Report on horse surra - Volume II, Part II
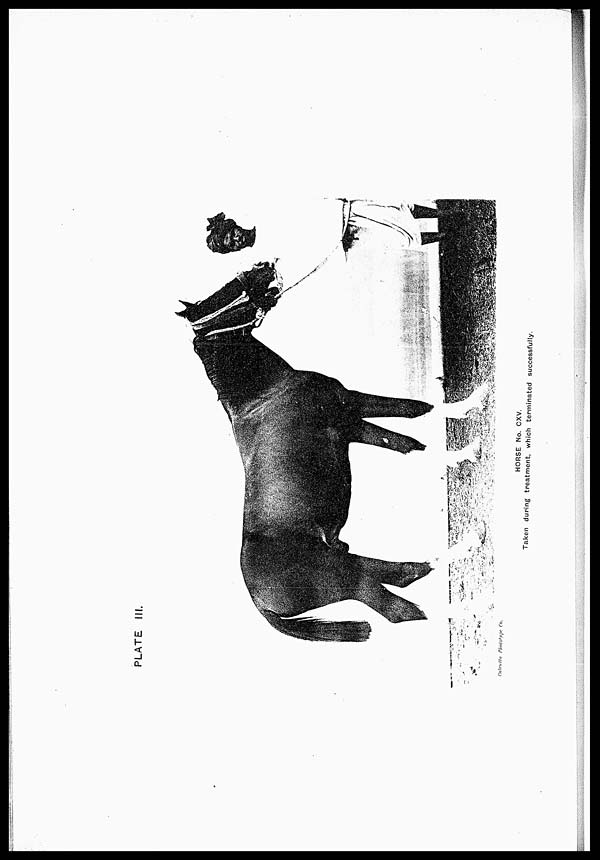
PLATE III.
HORSE No. CXV.
Taken during treatment, which terminated successfully,